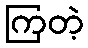
ကြတဲ့